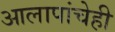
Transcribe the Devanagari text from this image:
आलापांचेही